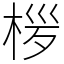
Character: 㭮